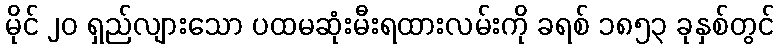
မိုင် ၂၀ ရှည်လျားသော ပထမဆုံးမီးရထားလမ်းကို ခရစ် ၁၈၅၃ ခုနှစ်တွင်